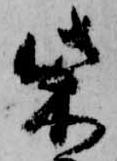
柴